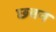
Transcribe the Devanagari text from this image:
छबन